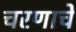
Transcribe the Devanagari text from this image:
चरणाचे